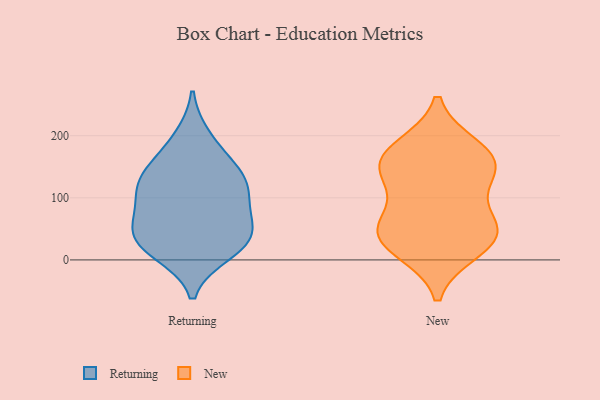
{"axis": {"x": "Energy Usage (MWh)", "y": "Value"}, "legend": ["New", "Returning"], "data": [{"x": "", "y": 116, "type": "Returning"}, {"x": "", "y": 12, "type": "Returning"}, {"x": "", "y": 130, "type": "Returning"}, {"x": "", "y": 84, "type": "Returning"}, {"x": "", "y": 162, "type": "Returning"}, {"x": "", "y": 114, "type": "Returning"}, {"x": "", "y": 31, "type": "Returning"}, {"x": "", "y": 54, "type": "Returning"}, {"x": "", "y": 197, "type": "Returning"}, {"x": "", "y": 62, "type": "Returning"}, {"x": "", "y": 134, "type": "Returning"}, {"x": "", "y": 31, "type": "Returning"}, {"x": "", "y": 24, "type": "Returning"}, {"x": "", "y": 145, "type": "New"}, {"x": "", "y": 37, "type": "New"}, {"x": "", "y": 18, "type": "New"}, {"x": "", "y": 163, "type": "New"}, {"x": "", "y": 179, "type": "New"}, {"x": "", "y": 128, "type": "New"}, {"x": "", "y": 62, "type": "New"}, {"x": "", "y": 42, "type": "New"}, {"x": "", "y": 47, "type": "New"}, {"x": "", "y": 160, "type": "New"}]}